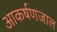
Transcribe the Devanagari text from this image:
आकर्षणजाल